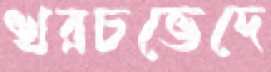
খরচভেদে